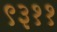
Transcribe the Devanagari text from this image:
९३११